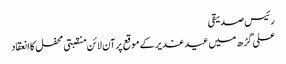
رئیس صدیقی
علی گڑھ میں عید غدیر کے موقع پرآن لائن منقبتی محفل کا انعقاد